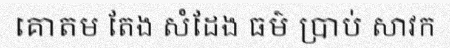
គោតម តែង សំដែង ធម៌ ប្រាប់ សាវក